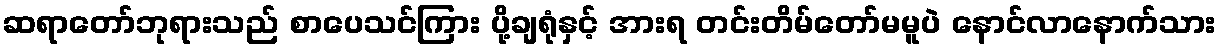
ဆရာတော်ဘုရားသည် စာပေသင်ကြား ပို့ချရုံနှင့် အားရ တင်းတိမ်တော်မမူပဲ နောင်လာနောက်သား